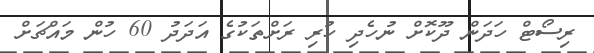
ރިސޯޓް ހަދަން ދޫކޮށް ނުހެދި ހުރި ރަށްތަކުގެ އަދަދު 60 ހުން މައްޗަށް